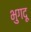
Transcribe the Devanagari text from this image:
भुगदू